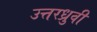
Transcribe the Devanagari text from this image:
उत्तरध्रुवी